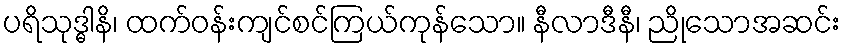
ပရိသုဒ္ဓါနိ၊ ထက်ဝန်းကျင်စင်ကြယ်ကုန်သော။ နီလာဒီနီ၊ ညိုသောအဆင်း